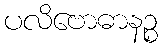
ပလိဗောဓာနဉ္စ